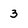
Character: 3